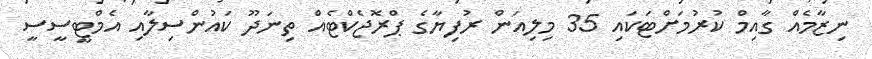
ނިޒާމެއް ގާއިމް ކުރުމަށްޓަކައި 35 މިލިއަން ރުފިޔާގެ ޕްރޮޖެކްޓެއް ތިނަދޫ ކައުންސިލާއި އެމްޓީސީސީ